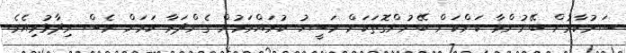
ސަރުކާރުން ބޭނުންވާ ކަންކަން ބޭނުންގޮތަކަށް މަސީހު ކުރައްވަމުން ގެންދަވާ ކަމަށް ވެސް ވިދާޅުވިއެވެ.